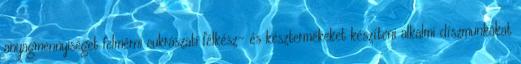
anyagmennyiséget felmérni cukrászati félkész- és késztermékeket készíteni alkalmi díszmunkákat